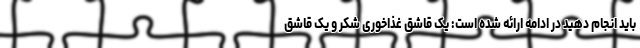
باید انجام دهید در ادامه ارائه شده است: یک قاشق غذاخوری شکر و یک قاشق